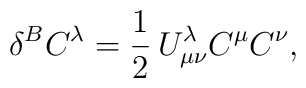
\delta^B C^{\lambda} = \frac{1}{2}\, U^{\lambda}_{\mu\nu} C^{\mu}C^{\nu},